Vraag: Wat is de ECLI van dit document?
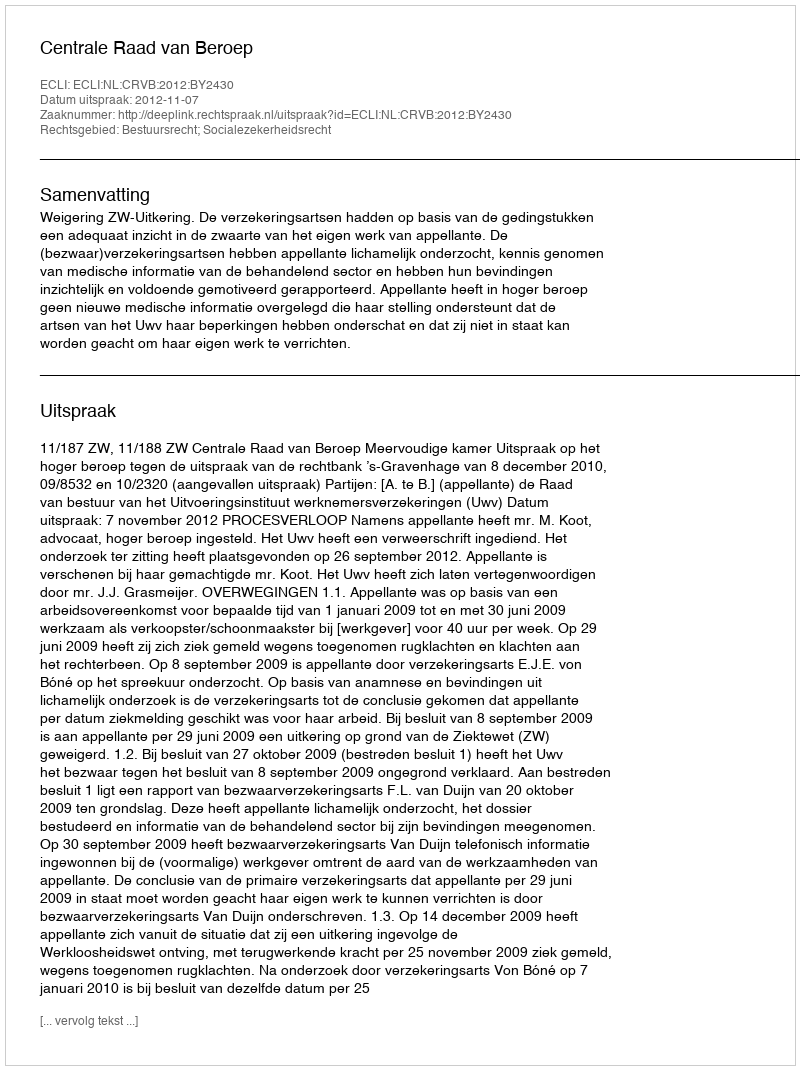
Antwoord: ECLI:NL:CRVB:2012:BY2430